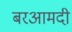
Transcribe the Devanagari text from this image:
बरआमदी